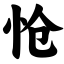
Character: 怆